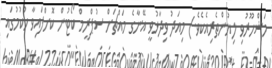
މަޝްހޫރުވި ލިޔުންތެރިއެކެވެ.) މިއަދު ވިދާޅުވީ އޭނާގެ މައްޗަށް ސުޕްރީމް ކޯޓުން ކޮށްފައިވާ ހުކުމުގައި